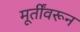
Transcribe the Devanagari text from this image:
मूर्तींवरून